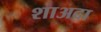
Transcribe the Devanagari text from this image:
शाअदा